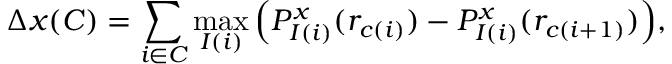
\Delta x ( C ) = \sum _ { i \in C } \operatorname* { m a x } _ { I ( i ) } \Big ( P _ { I ( i ) } ^ { x } ( r _ { c ( i ) } ) - P _ { I ( i ) } ^ { x } ( r _ { c ( i + 1 ) } ) \Big ) ,